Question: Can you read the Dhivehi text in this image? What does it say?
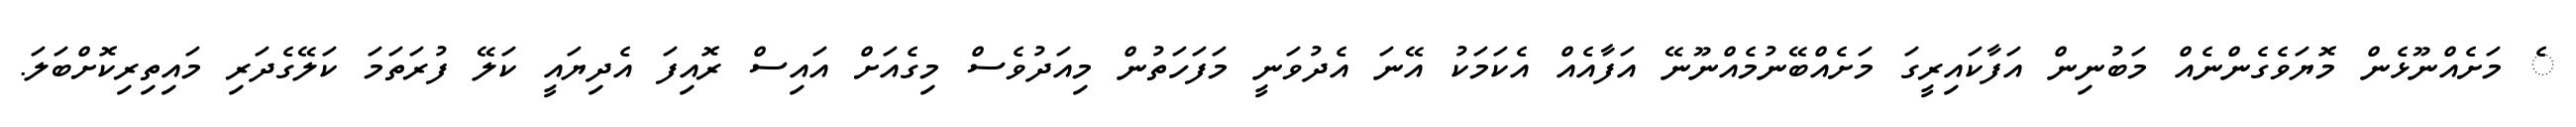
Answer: ެ މަށެއްނޫޅެން މޮޔަވެގެންނެއް މަބުނިން އަފާކައިރީގަ މަށެއްބޭނުމެއްނޫނޭ އަފާއެއް އެކަމަކު އޭނަ އެދުވަނީ މަފަހަތުން މިއަދުވެސް މިގެއަށް އައިސް ރޮއިފަ އެދިޔައީ ކަލޭ ފުރަތަމަ ކަލޭގެދަރި މައިތިރިކޮށްބަލަ.